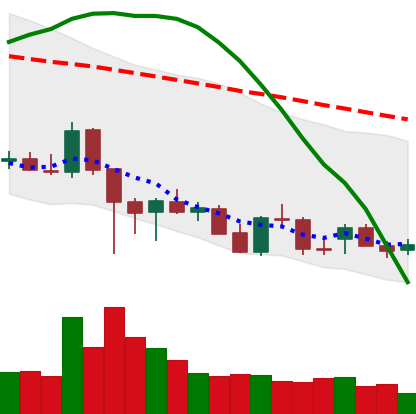
Ticker: ADA-USD
Chart end date: 2021-12-18
Forward return: 18.684%
Label: up_7plus